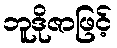
ဘူဒိုဇာဖြင့်